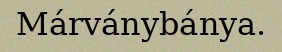
Márványbánya.